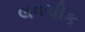
લવચીક